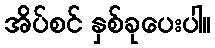
အိပ်စင် နှစ်ခုပေးပါ။